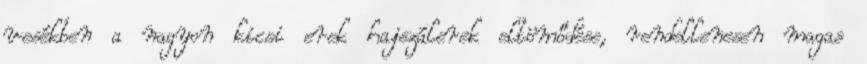
vesékben a nagyon kicsi erek hajszálerek eltömődése, rendellenesen magas